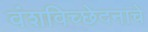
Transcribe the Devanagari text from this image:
वंशविच्छेदनाचे